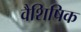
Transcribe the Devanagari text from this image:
वैशिषिक